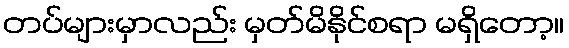
တပ်များမှာလည်း မှတ်မိနိုင်စရာ မရှိတော့။